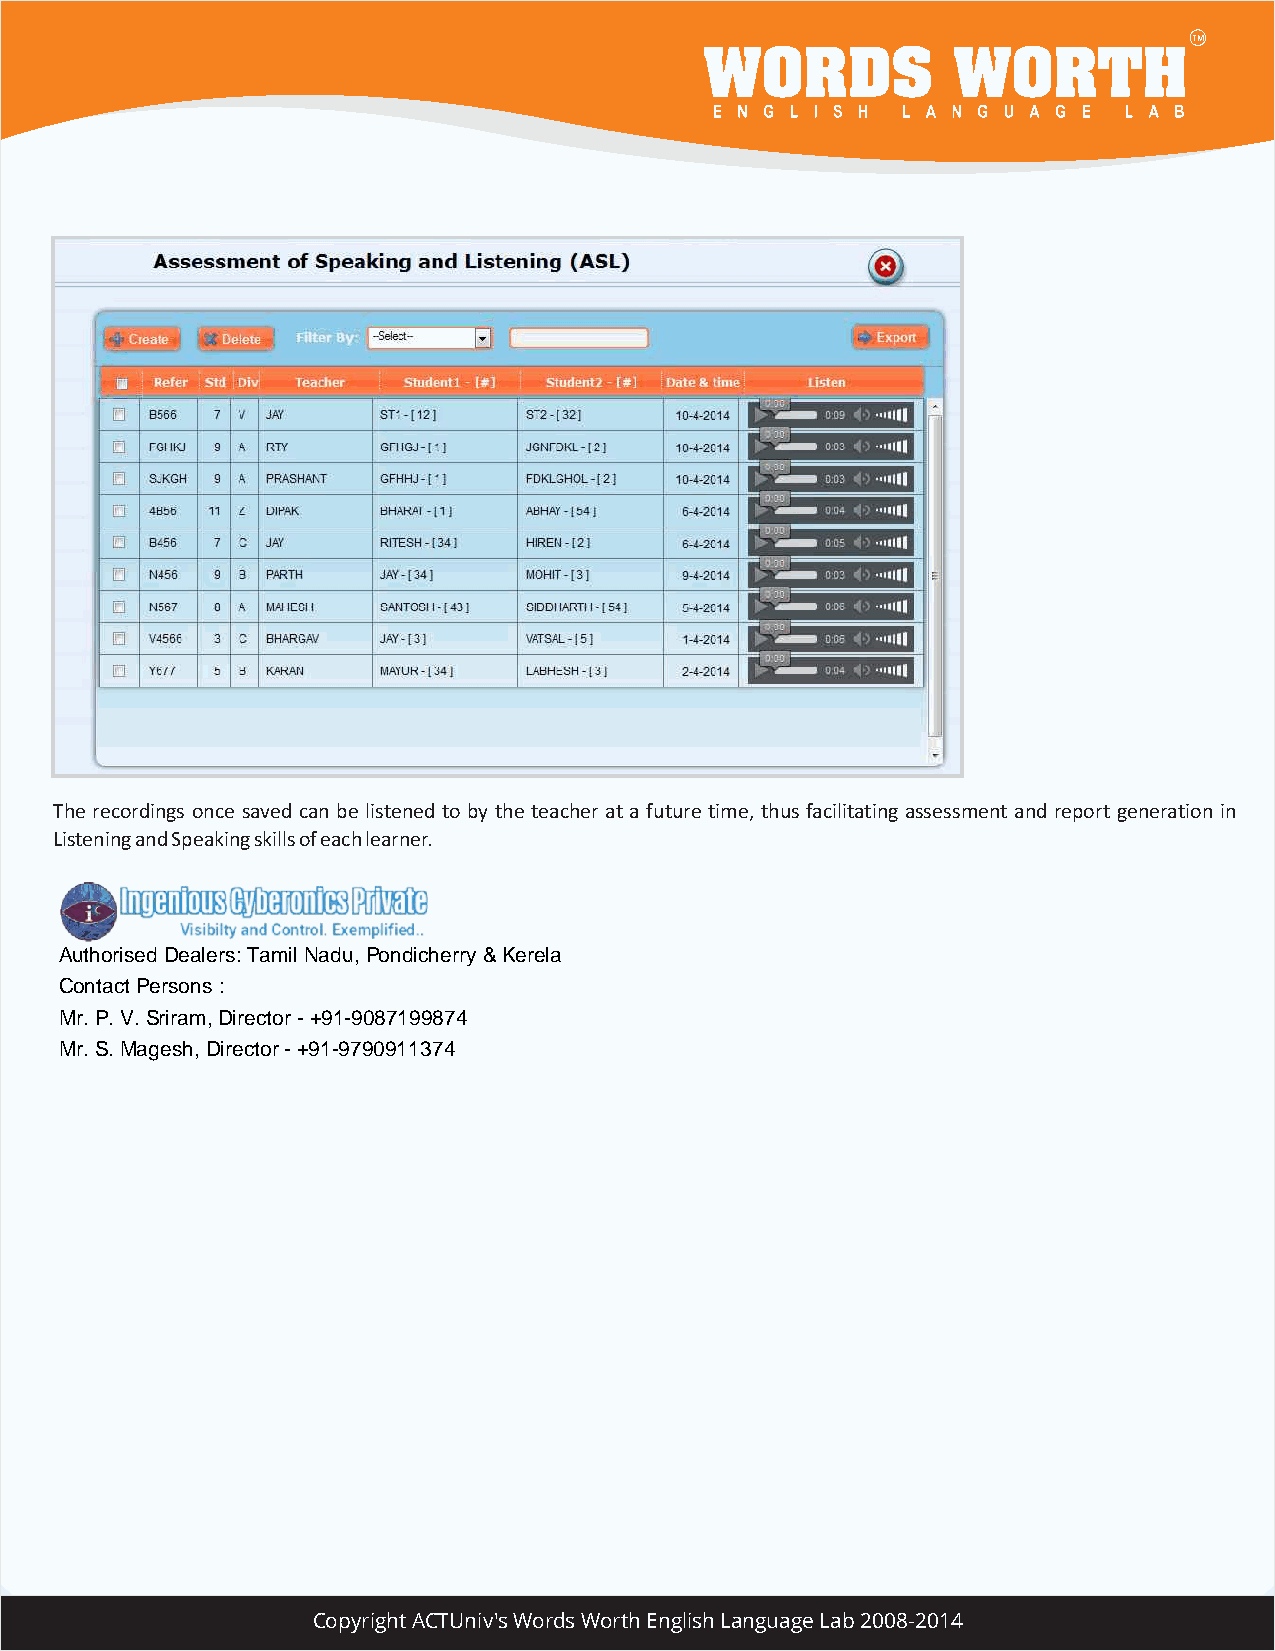
The recordings once saved can be listened to by the teacher at a future time, thus facilitating assessment and report generation in
 Listening and Speaking skills of each learner.
 Authorised Dealers: Tamil Nadu, Pondicherry & Kerela
 Contact Persons :
 Mr. P. V. Sriram, Director - +91-9087199874
 Mr. S. Magesh, Director - +91-9790911374
 Copyright ACTUniv's Words Worth English Language Lab 2008-2014